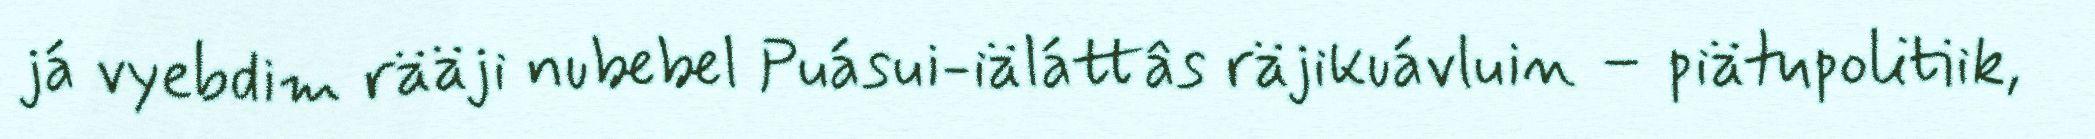
já vyebdim rääji nubebel Puásui-iäláttâs räjikuávluin – piätupolitiik,